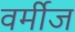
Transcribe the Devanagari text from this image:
वर्मीज